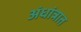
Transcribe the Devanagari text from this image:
अंधांत्रात